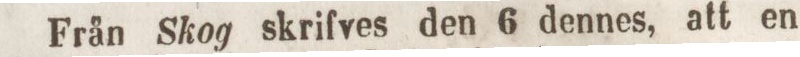
Från Skog skrifves den 6 dennes, att en